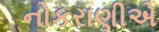
નોકરાણીએ